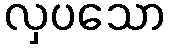
လှပသော